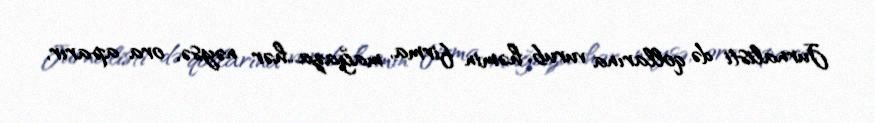
Jurnalisti də qollarına vurub, həmin firma, mağaza...hər nəysə, ora aparır,